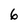
Character: 6